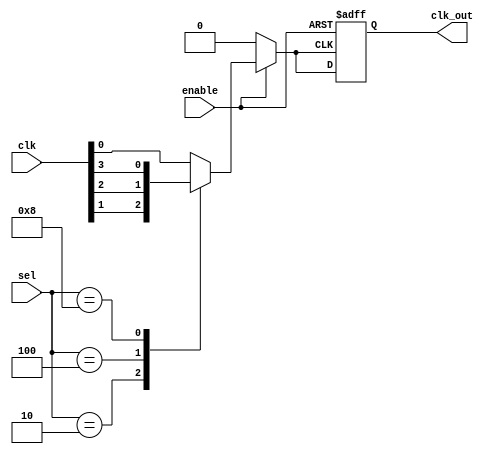
module CMuxBuf #(
    parameter NUM_CLOCKS = 4  // Number of clock inputs
)(
    input wire [NUM_CLOCKS-1:0] clk,       // Clock inputs (clk[0], clk[1], ..., clk[NUM_CLOCKS-1])
    input wire [NUM_CLOCKS-1:0] sel,       // Selection control signals (one-hot encoded)
    input wire enable,                      // Enable signal for the clock multiplexer
    output reg clk_out                      // Buffered output clock
);

// Internal signal to hold the selected clock
reg selected_clk;

// Clock selection process
always @(*) begin
    if (enable) begin
        // Select the clock based on the one-hot encoded selection signal
        case (sel)
            4'b0001: selected_clk = clk[0];
            4'b0010: selected_clk = clk[1];
            4'b0100: selected_clk = clk[2];
            4'b1000: selected_clk = clk[3];
            default: selected_clk = clk[0]; // Default to clk[0] if no valid selection
        endcase
    end else begin
        selected_clk = 1'b0; // If disabled, output low (or can be set to a hold state)
    end
end

// Output buffering process
always @(posedge selected_clk or negedge enable) begin
    if (!enable) begin
        clk_out <= 1'b0; // Disable output clock when not enabled
    end else begin
        clk_out <= selected_clk; // Buffer the selected clock signal
    end
end

endmodule